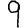
Digit: 9